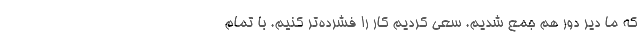
که ما دیر دور هم جمع شدیم. سعی کردیم کار را فشرده‌تر کنیم. با تمام